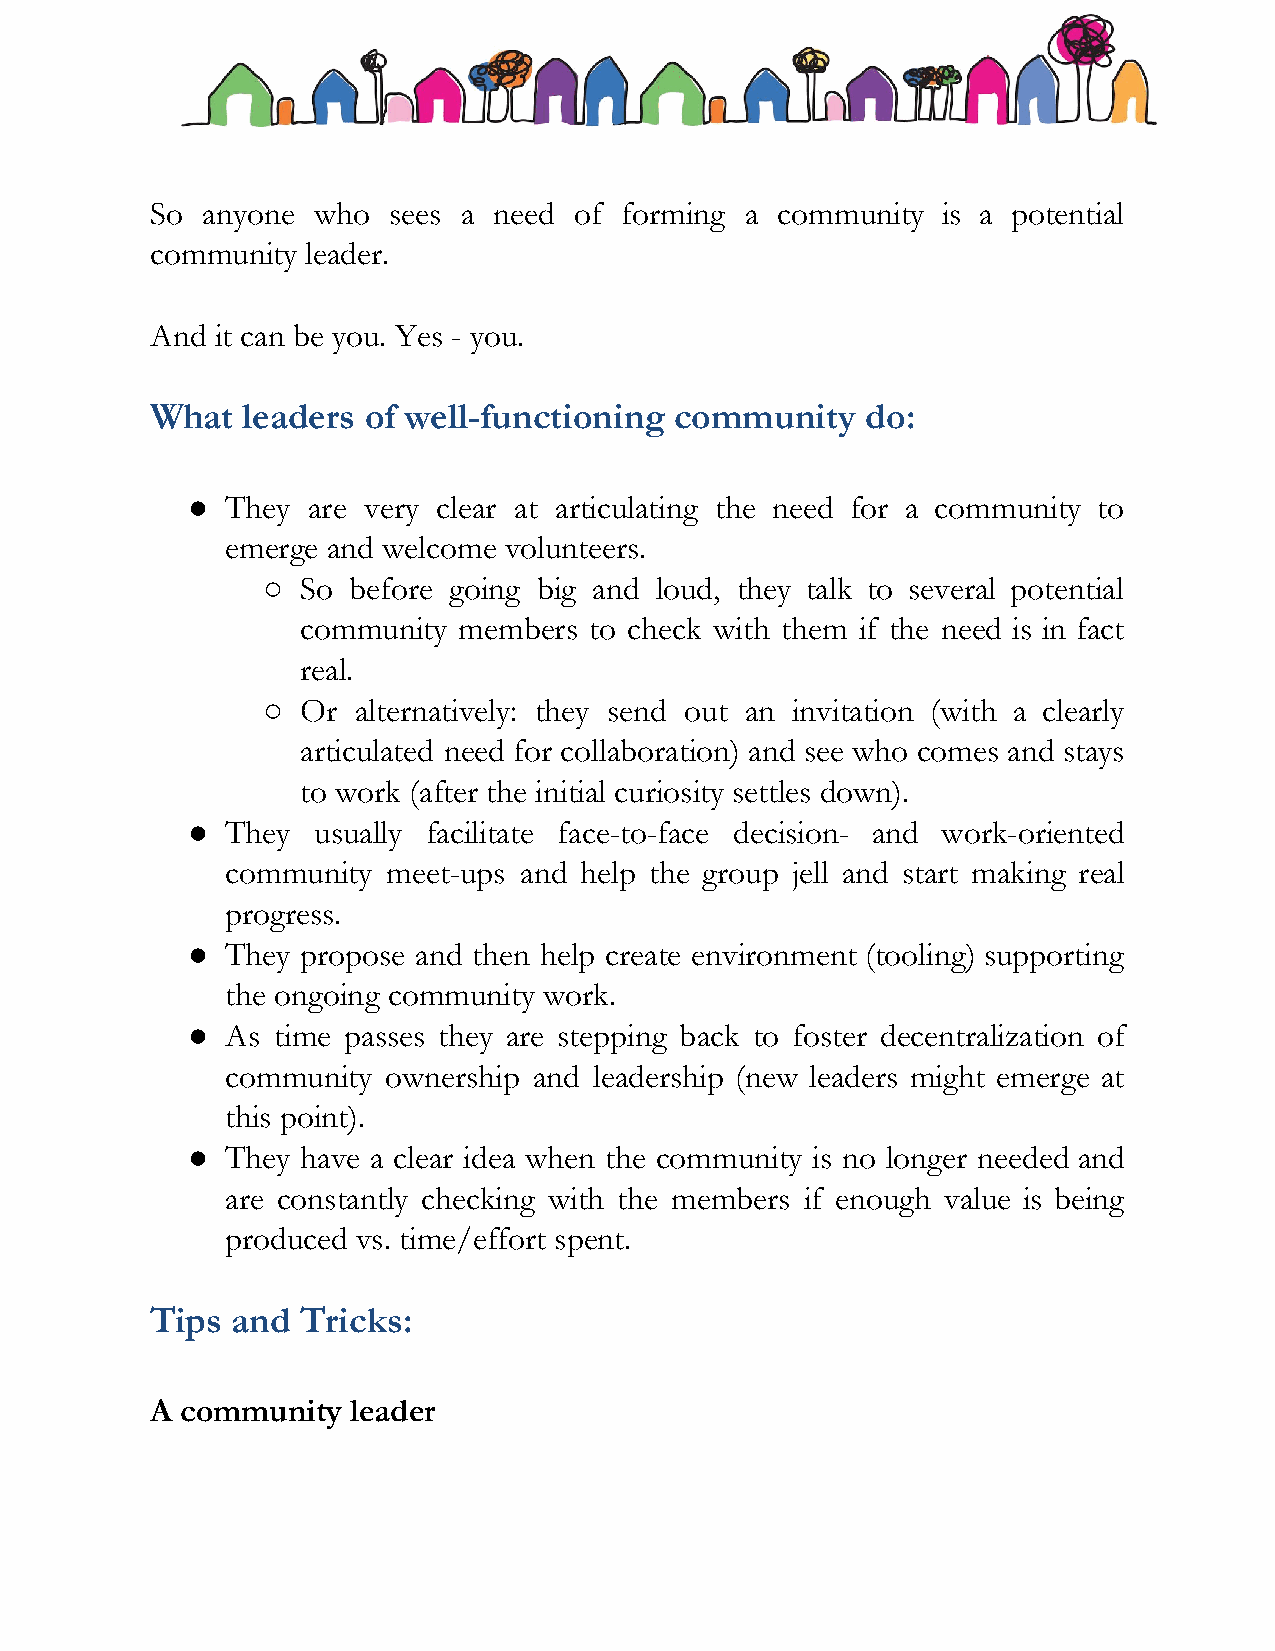
So anyone  who  sees a need of forming a community  is a potential
 community leader.
 And it can be you. Yes - you.
 What  leaders of well-functioning  community   do:
 ●  They are very clear at articulating the need for a community to
 emerge and welcome volunteers.
 ○  So before going big and loud, they talk to several potential
 community members  to check with them if the need is in fact
 real.
 ○  Or alternatively: they send out an invitation (with a clearly
 articulated need for collaboration) and see who comes and stays
 to work (after the initial curiosity settles down).
 ●  They  usually facilitate face-to-face decision- and work-oriented
 community  meet-ups and help the group jell and start making real
 progress.
 ●  They propose and then help create environment (tooling) supporting
 the ongoing community work.
 ●  As time passes they are stepping back to foster decentralization of
 community ownership and leadership (new leaders might emerge at
 this point).
 ●  They have a clear idea when the community is no longer needed and
 are constantly checking with the members if enough value is being
 produced vs. time/effort spent.
 Tips and  Tricks:
 A community  leader